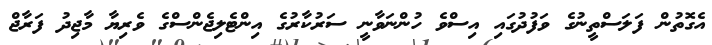
އެގޮތުން ފަލަސްތީނުގެ ވަފުދުގައި އިސްވެ ހުންނަވާނީ ސަރުކާރުގެ އިންޓެލިޖެންސްގެ ވެރިޔާ މާޖިދު ފަރާޖް